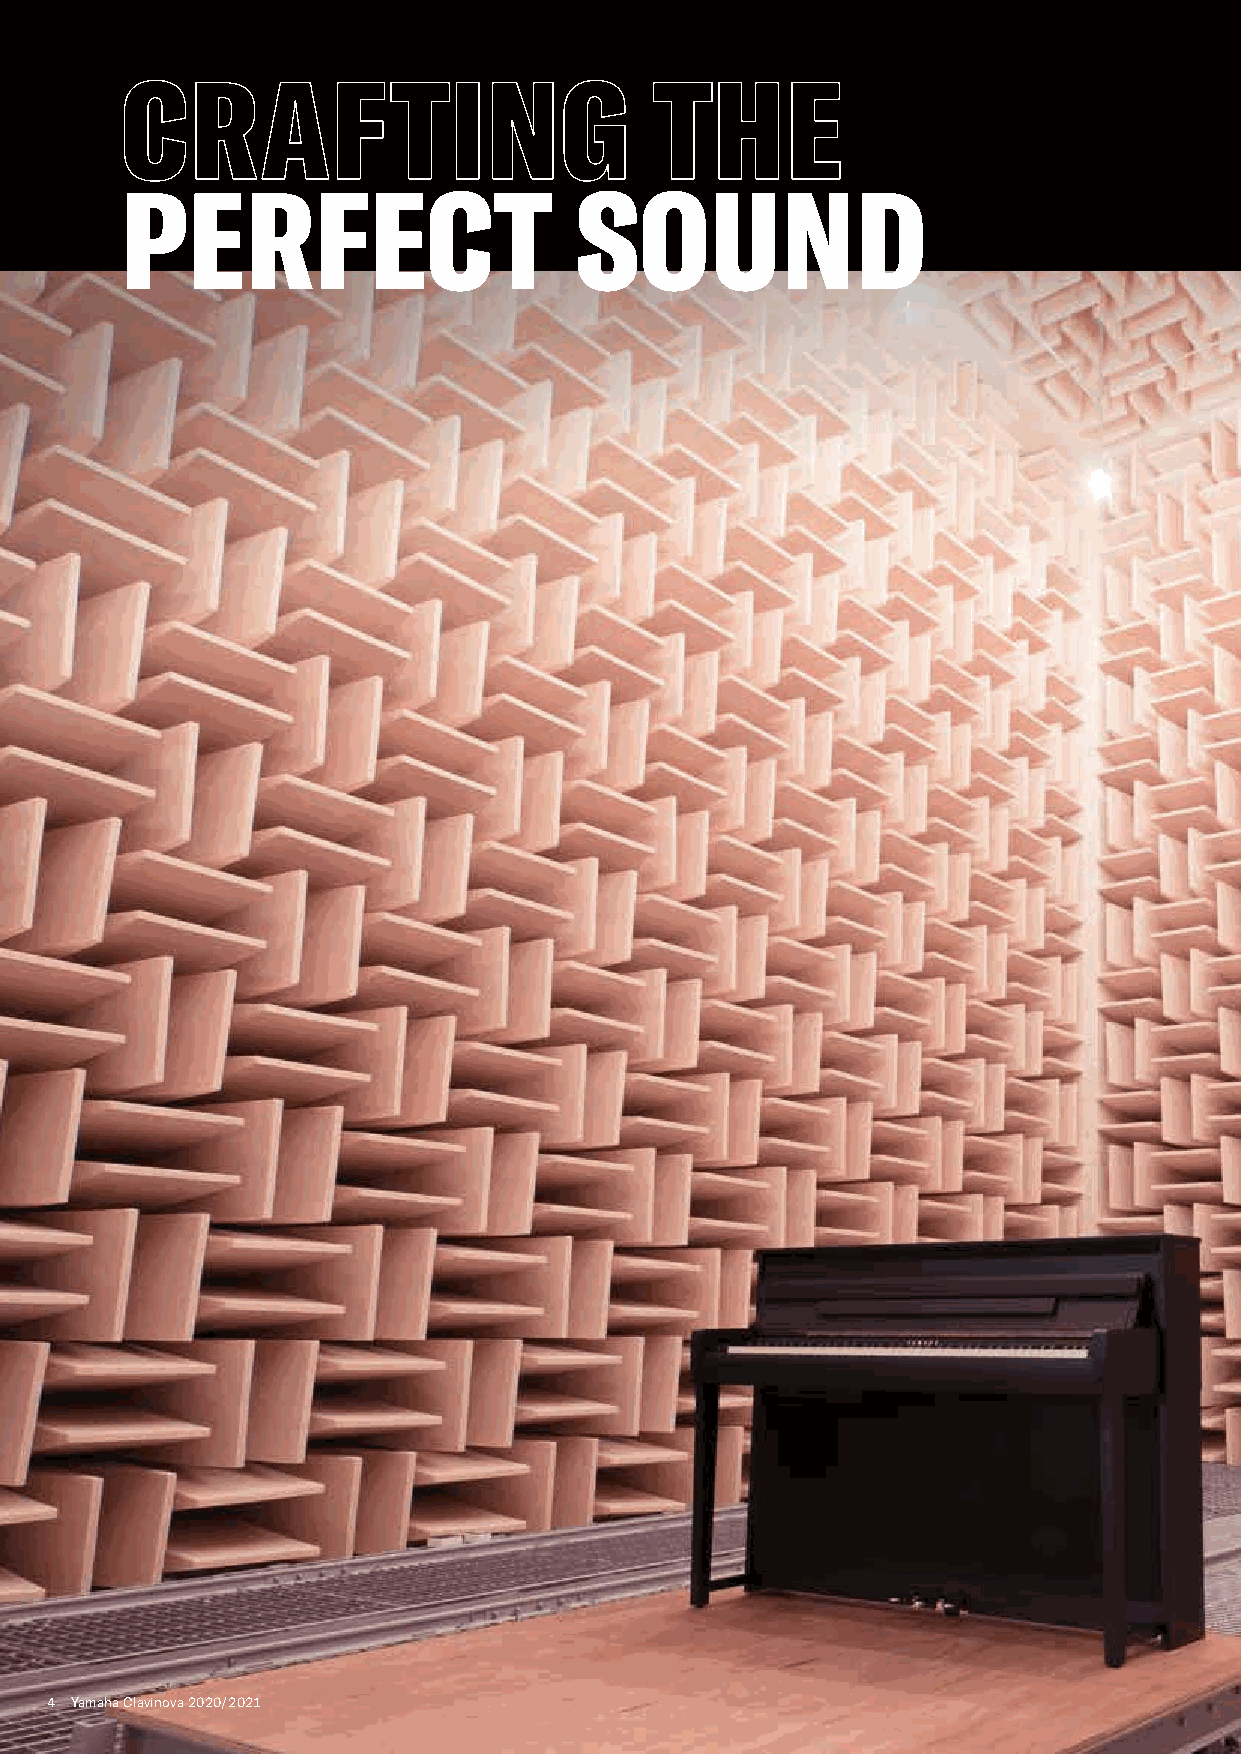
CRAFTING                           THE
 PERFECT                       SOUND
 4 Yamaha Clavinova 2020/2021